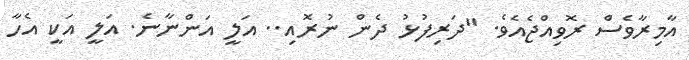
އާމިރާވެސް ރޮވިއްޖެއެވެ. "ދަރިފުޅު ދެން ނުރޮއި.. އަލީ އަންނާނެ. އަލީ އަކީ އެހާ